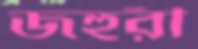
জহুরী